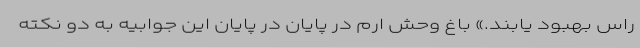
راس بهبود یابند.» باغ وحش ارم در پایان در پایان این جوابیه به دو نکته